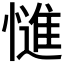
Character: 𭞷